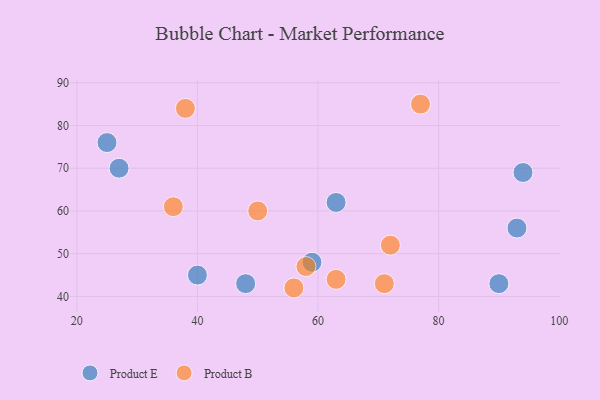
{"axis": {"x": "GDP", "y": "Life Expectancy"}, "legend": ["Product B", "Product E"], "data": [{"x": "25", "y": 76, "type": "Product E"}, {"x": "93", "y": 56, "type": "Product E"}, {"x": "48", "y": 43, "type": "Product E"}, {"x": "90", "y": 43, "type": "Product E"}, {"x": "63", "y": 62, "type": "Product E"}, {"x": "59", "y": 48, "type": "Product E"}, {"x": "27", "y": 70, "type": "Product E"}, {"x": "94", "y": 69, "type": "Product E"}, {"x": "40", "y": 45, "type": "Product E"}, {"x": "56", "y": 42, "type": "Product B"}, {"x": "50", "y": 60, "type": "Product B"}, {"x": "71", "y": 43, "type": "Product B"}, {"x": "77", "y": 85, "type": "Product B"}, {"x": "36", "y": 61, "type": "Product B"}, {"x": "38", "y": 84, "type": "Product B"}, {"x": "58", "y": 47, "type": "Product B"}, {"x": "72", "y": 52, "type": "Product B"}, {"x": "63", "y": 44, "type": "Product B"}]}